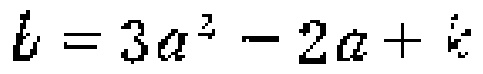
\(b = 3a^{2}-2a + k\)